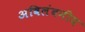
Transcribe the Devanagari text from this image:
अविलंबनीय